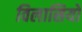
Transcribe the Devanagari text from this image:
विलासियों